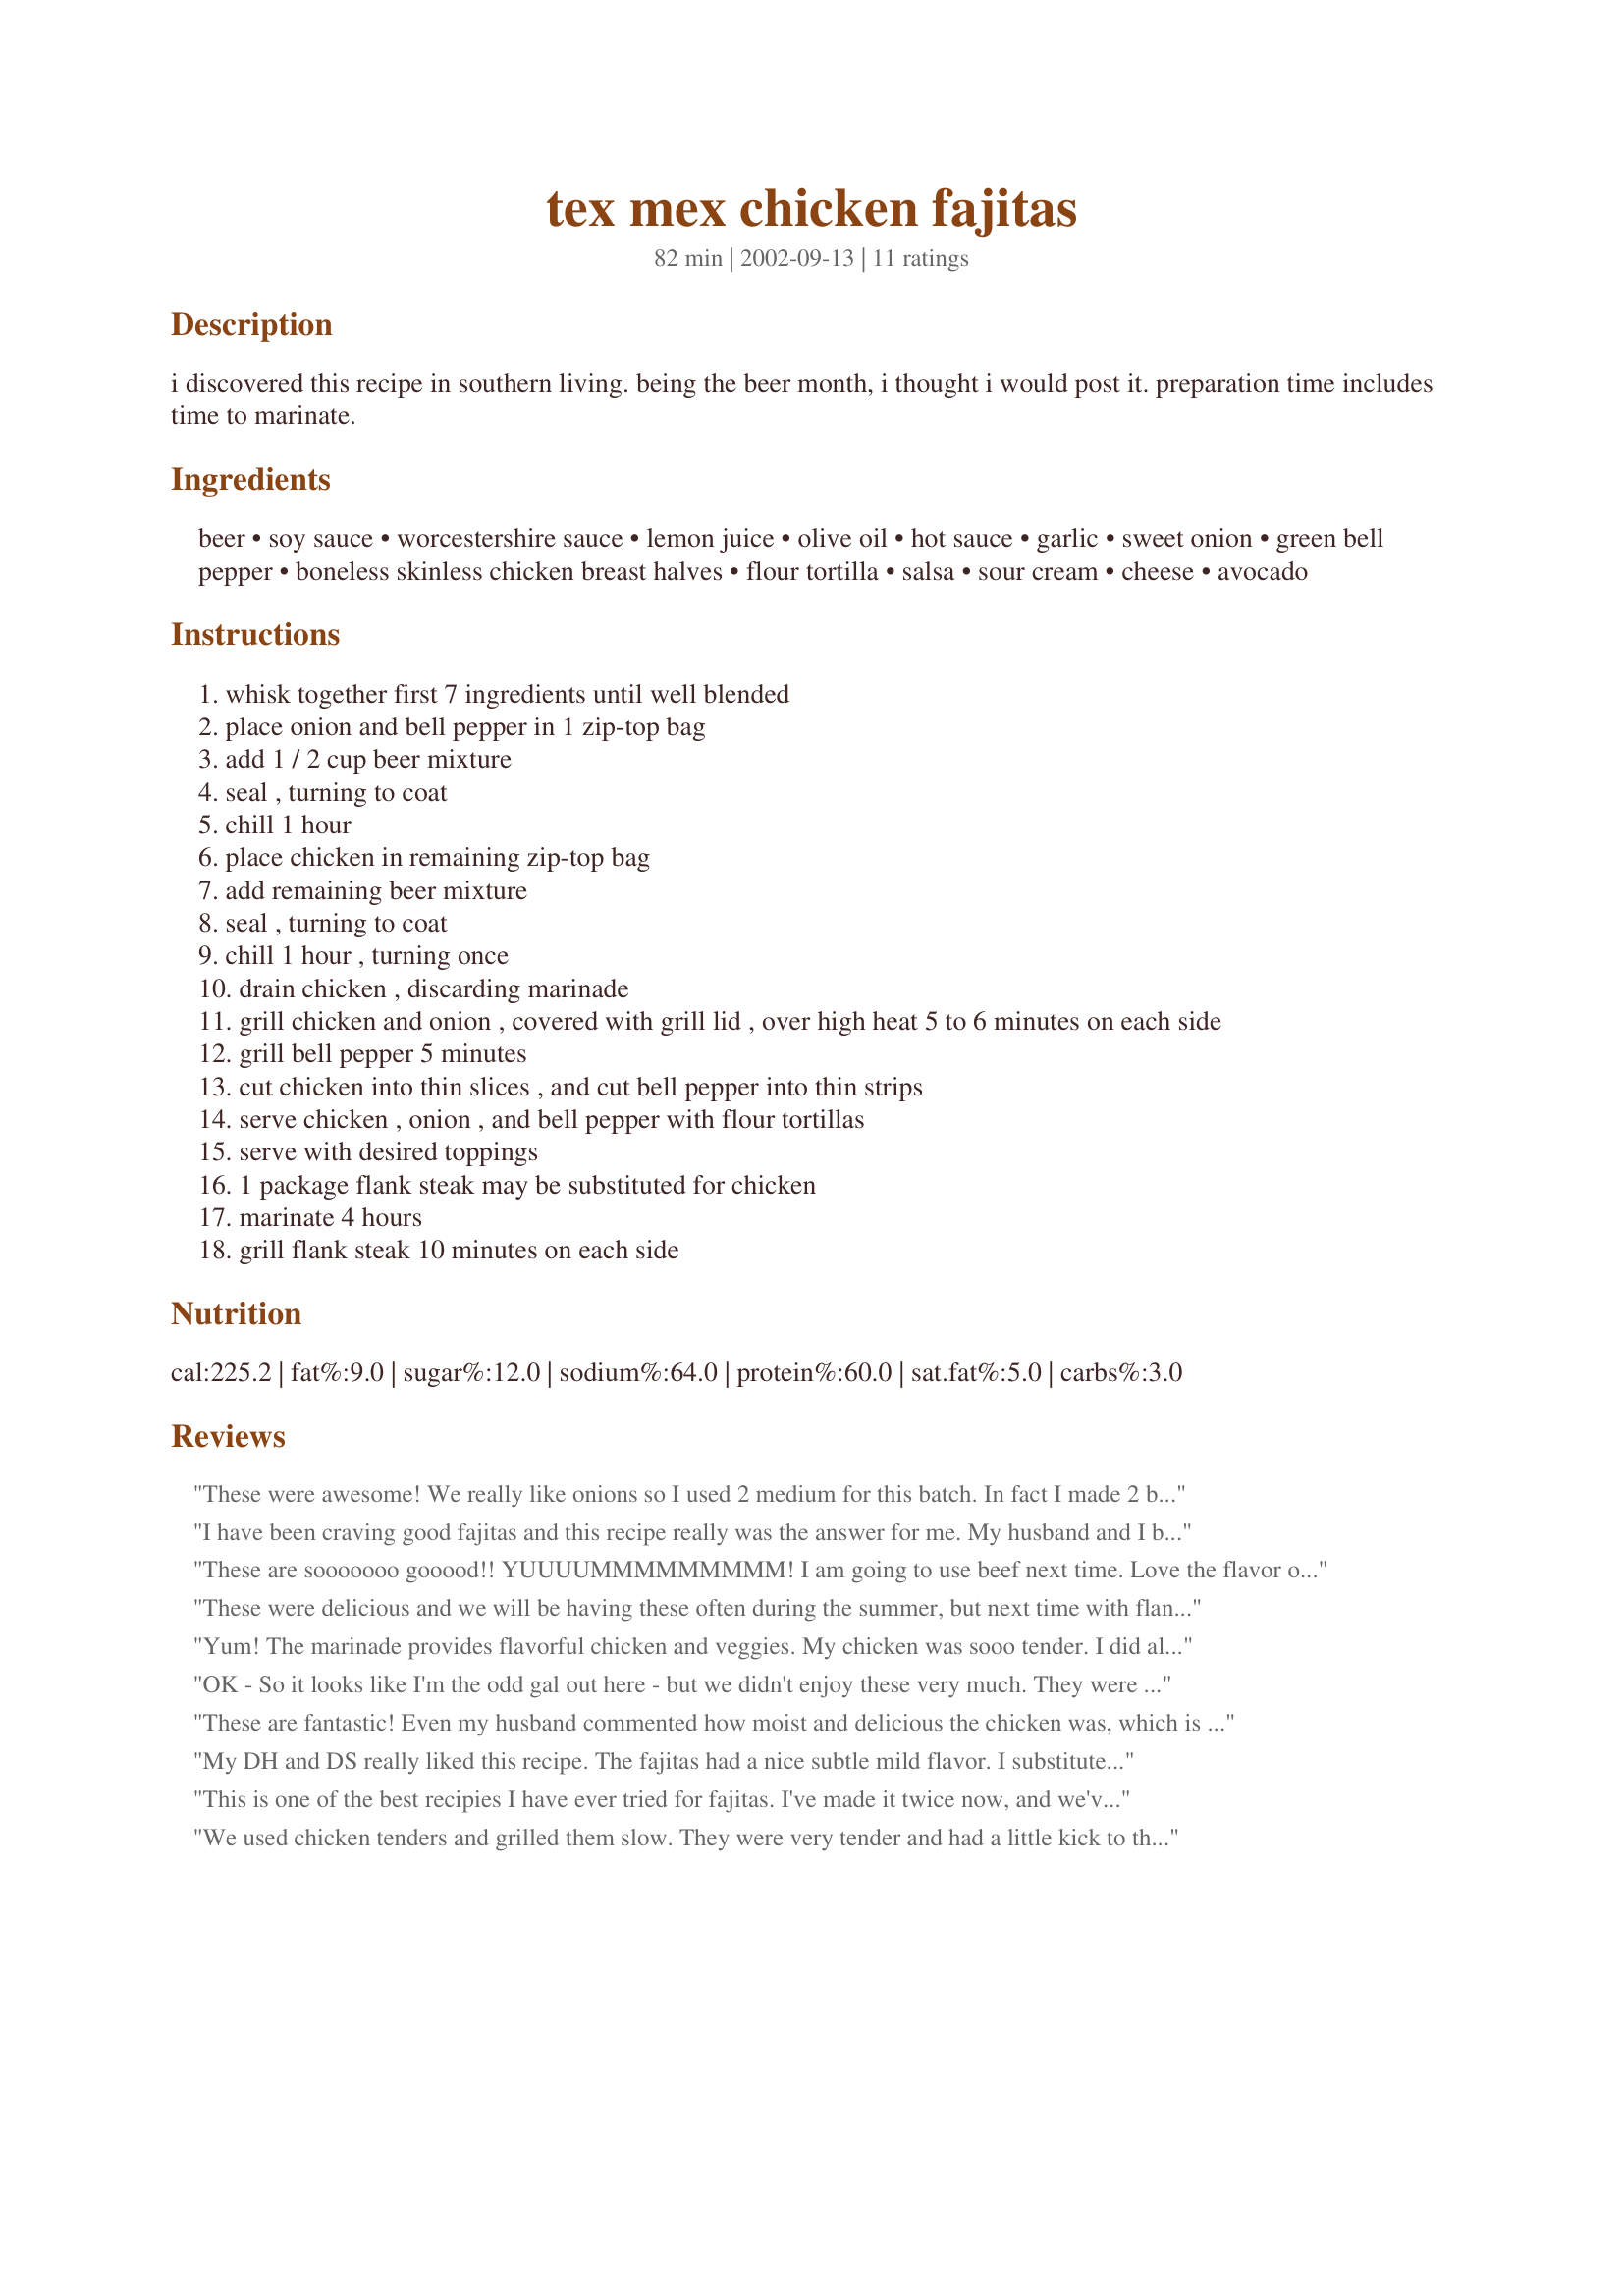
tex mex chicken fajitas
Preparation time: 82 minutes

i discovered this recipe in southern living. being the beer month, i thought i would post it. preparation time includes time to marinate.

Ingredients:
beer, soy sauce, worcestershire sauce, lemon juice, olive oil, hot sauce, garlic, sweet onion, green bell pepper, boneless skinless chicken breast halves, flour tortilla, salsa, sour cream, cheese, avocado

Steps:
whisk together first 7 ingredients until well blended
place onion and bell pepper in 1 zip-top bag
add 1 / 2 cup beer mixture
seal , turning to coat
chill 1 hour
place chicken in remaining zip-top bag
add remaining beer mixture
seal , turning to coat
chill 1 hour , turning once
drain chicken , discarding marinade
grill chicken and onion , covered with grill lid , over high heat 5 to 6 minutes on each side
grill bell pepper 5 minutes
cut chicken into thin slices , and cut bell pepper into thin strips
serve chicken , onion , and bell pepper with flour tortillas
serve with desired toppings
1 package flank steak may be substituted for chicken
marinate 4 hours
grill flank steak 10 minutes on each side

Reviews:
These were awesome! We really like onions so I used 2 medium for this batch. In fact I made 2 batches, one with chicken and the other beef. I did rub the meat with ground cumin before slicing and placing in marinade. We will make these again I'm sure - thanks so much for another wonderful recipe!
I have been craving good fajitas and this recipe really was the answer for me. My husband and I both loved the flavor of the marinade. I placed the chicken directly on the grill, but put the vegetables in a grill basket. I was afraid they would fall into the grill. The smoky aroma and flavor was outstanding. We cook Tex-Mex a lot, so this recipe will get used often. Thanks Bev.
These are sooooooo gooood!! YUUUUMMMMMMMMM! I am going to use beef next time. Love the flavor of the marinade in this recipe. Thanks so much Bev ; )
These were delicious and we will be having these often during the summer, but next time with flank steak.
Yum! The marinade provides flavorful chicken and veggies. My chicken was sooo tender. I did allow everything to marinate for about 2 hours, as my hubby was very late for dinner. I added a few red pepper flakes and a couple of twists of fresh ground black pepper. My onions tended to fall apart as I turned them on the grill (which could have been my method...or the long marinating time), and next time will probably do those in a little foil while the chicken grills. My hubby has taken to using ranch dressing on his fajitas (instead of sour cream). The ranch complimented the tasty chicken and veggies well. Great recipe!
OK - So it looks like I'm the odd gal out here - but we didn't enjoy these very much. They were SO soy saucey tasting - Hubby & I are from the SW and fajitas are our fave - but this just didn't do it for us - so sorry!
These are fantastic! Even my husband commented how moist and delicious the chicken was, which is high praise since he usually only eats beef fajitas. I have to admit, I don't usually like chicken fajitas either, but I absolutely loved these. Marinated the meat a couple of hours which was more than enough to impart a great flavor. Have never made peppers and onions for fajitas directly on the grill and found the veggies stay a little firmer but have a great smokey taste. Will make this again. Thanks for sharing the recipe!
My DH and DS really liked this recipe. The fajitas had a nice subtle mild flavor. I substituted lime juice for the lemon juice because that's what I had on hand. I also added 1 tbs brown sugar to the recipe. I cut the chicken and vegetables into strips and marinated it for a couple of hours and then broiled it under the broiler.
This is one of the best recipies I have ever tried for fajitas. I've made it twice now, and we'ver really enjoyed them both times. I prefer to slice the chicken first, then marinate it overnight. I don't marinate the veggies at all -- I just lightly coat them with olive oil and grill them. The chicken is so flavorful that marinating the veggies is almost overkill. One other comment -- I just use the juice of one lemon, rather than the amount called for in the recipe. I think it's about the same. Thanks for the keeper, Bev!
We used chicken tenders and grilled them slow. They were very tender and had a little kick to them. One of my husbands favorite meals.
For pure simplicity, I choose to slice the chicken breasts and the veggies prior to marinating, left them to chill together for 2 hours and after draining, grilled them all together. The taste was still great. Although, in the future, after preparing the chicken, salsa, cheese and sour cream in the tortilla, I will put them in the oven a couple minutes to warm up because I found they cooled down quite a bit by the time they were placed on the table to be served. Otherwise, Prima!
